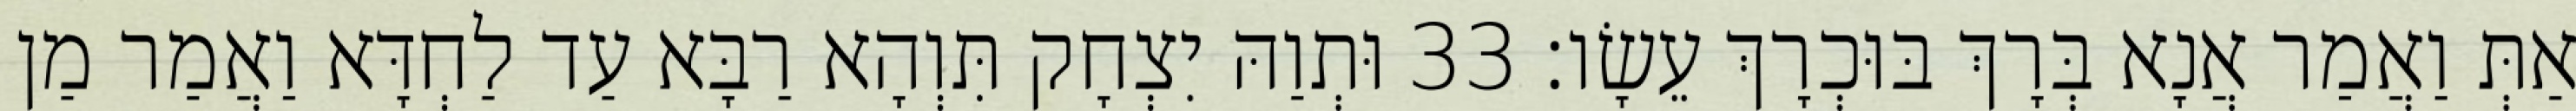
אַתְּ וַאֲמַר אֲנָא בְּרָךְ בּוּכְרָךְ עֵשָׂו׃ 33 וּתְוַהּ יִצְחָק תִּוְהָא רַבָּא עַד לַחְדָּא וַאֲמַר מַן